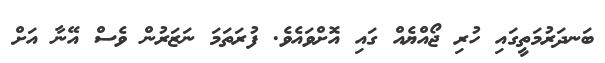
ބަނދަރުމަތީގައި ހުރި ޖޯއްޔެއް ގައި އޮށްވައެވެ. ފުރަތަމަ ނަޒަރުން ވެސް އޭނާ އަށް